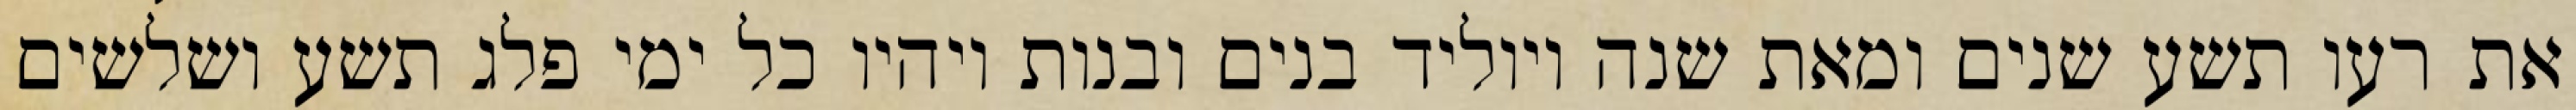
את רעו תשע שנים ומאת שנה ויוליד בנים ובנות ויהיו כל ימי פלג תשע ושלשים